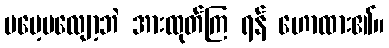
မမေ့မလျော့ဘဲ အားထုတ်ကြ ရန် ဟောထား၏။